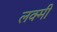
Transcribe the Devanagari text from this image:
लक्मी